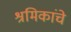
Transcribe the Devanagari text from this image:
श्रमिकांचे